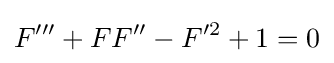
F'''+FF''-F'^{2}+1=0